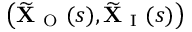
\big ( \widetilde { \mathbf { X } } _ { \mathrm { ~ O ~ } } ( s ) , \widetilde { \mathbf { X } } _ { \mathrm { ~ I ~ } } ( s ) \big )